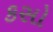
કસો